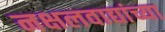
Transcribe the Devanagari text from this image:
नक्षलवाद्यांच्या